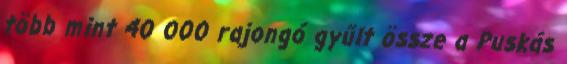
több mint 40 000 rajongó gyűlt össze a Puskás